Scottish Leaving Certificate Examination, 1957
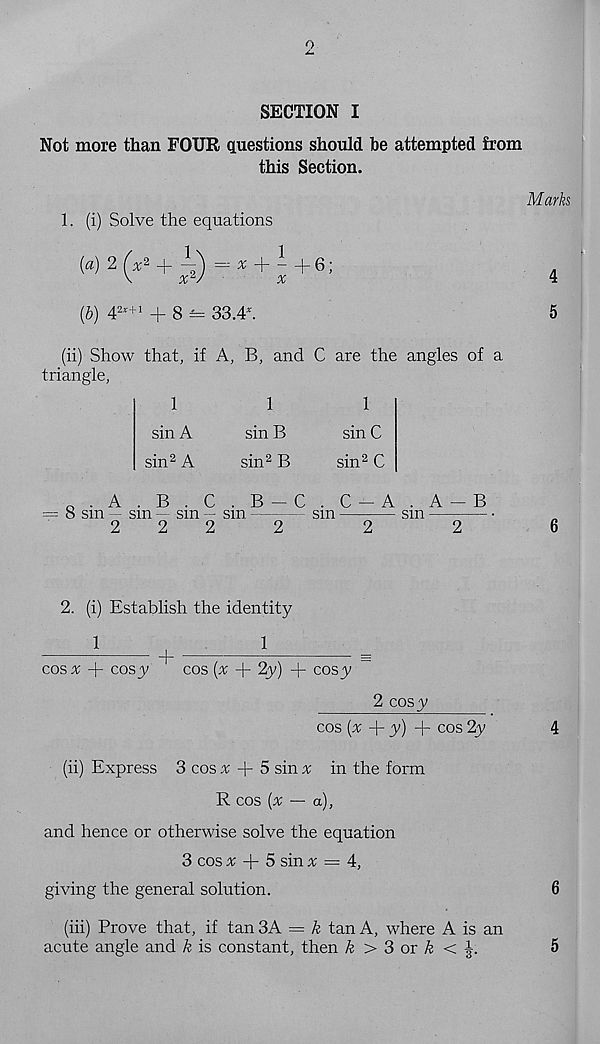
o
SECTION I
Not more than FOUR questions should he attempted from
this Section.
1. (i) Solve the equations
[a) 2 [x 2 +
^
- +6;
(b) 4 2x+1 + 8 = 33.4*.
(ii) Show that, if A, B, and C are the angles of a
triangle,
1
1
1
sin A
sin B
sin C
sin 2 A
sin 2 B
sin 2 C
0 .A . B . C . B — C. C — A. A — B
= 8 sm sm - sm — sm
sm
sm
2
2
2
2
2
2
2. (i) Establish the identity
1
1
+
cos* + cosy
cos (* + 2y) + cosy
2 cosy
cos (* + y) + cos 2y
(ii) Express 3 cos * + 5 sin * in the form
R cos (* — a),
and hence or otherwise solve the equation
3 cos * + 5 sin * = 4,
giving the general solution.
(hi) Prove that, if tan 3A = & tan A, where A is an
acute angle and k is constant, then k > 3 or £ <
Marks
4
5
5